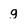
Character: g